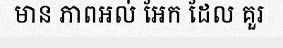
មាន ភាពអល់ អែក ដែល គួរ